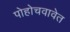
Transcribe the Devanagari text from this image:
पोहोचवावेत